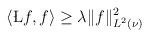
LaTeX: \begin{align*}\begin{aligned}\langle \L f, f \rangle \geq \lambda \| f \|^2_{L^2(\nu)}\end{aligned}\end{align*}